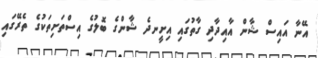
އޭނާ އައިސް ޝާން އާއިދާދި ގާތުގައި އިށީނދެ ޝާންގެ ބޮލުގެ އިސްތަށިތަކުގެ ތެރޭގައި